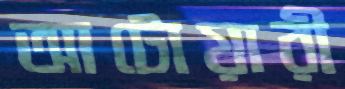
আটোয়ারী